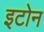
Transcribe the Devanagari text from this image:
इटोन